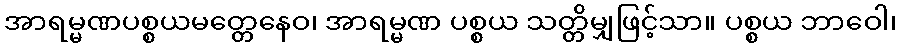
အာရမ္မဏပစ္စယမတ္တေနေဝ၊ အာရမ္မဏ ပစ္စယ သတ္တိမျှဖြင့်သာ။ ပစ္စယ ဘာဝေါ၊